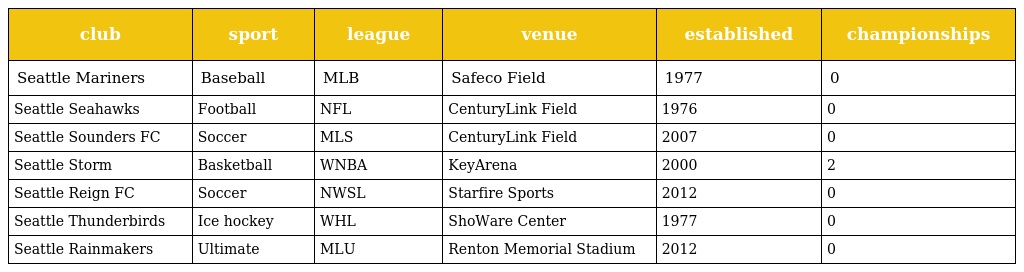
| club | sport | league | venue | established | championships |
 | --- | --- | --- | --- | --- | --- |
 | Seattle Mariners | Baseball | MLB | Safeco Field | 1977 | 0 |
 | Seattle Seahawks | Football | NFL | CenturyLink Field | 1976 | 0 |
 | Seattle Sounders FC | Soccer | MLS | CenturyLink Field | 2007 | 0 |
 | Seattle Storm | Basketball | WNBA | KeyArena | 2000 | 2 |
 | Seattle Reign FC | Soccer | NWSL | Starfire Sports | 2012 | 0 |
 | Seattle Thunderbirds | Ice hockey | WHL | ShoWare Center | 1977 | 0 |
 | Seattle Rainmakers | Ultimate | MLU | Renton Memorial Stadium | 2012 | 0 |